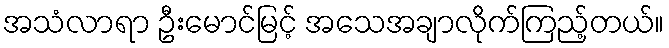
အသံလာရာ ဦးမောင်မြင့် အသေအချာလိုက်ကြည့်တယ်။